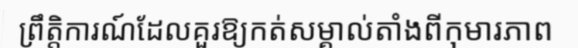
ព្រឹត្តិការណ៍ដែលគួរឱ្យកត់សម្គាល់តាំងពីកុមារភាព